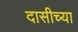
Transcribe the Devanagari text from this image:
दासीच्या